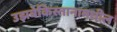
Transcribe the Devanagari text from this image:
उझबेकिस्तानामधील